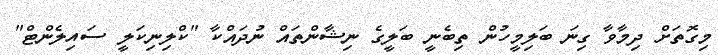
މިގޮތަށް ދިމާވާ ގިނަ ބަލިމީހުން ތިބެނީ ބަލީގެ ނިޝާންތައް ނުދައްކާ "ކްލިނިކަލީ ސައިލެންޓް"